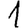
Digit: 1